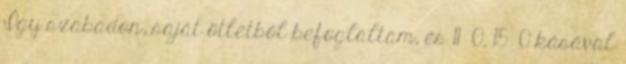
Így szabadon, saját ötletből befoglaltam, és 11 0, 15 0 kásával